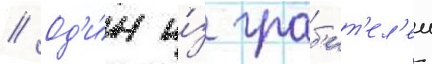
// Од'и́н и́з граб'ит'ел'еи